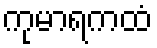
ကုမာရကထံ